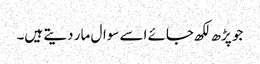
جو پڑھ لکھ جائے اسے سوال مار دیتے ہیں۔